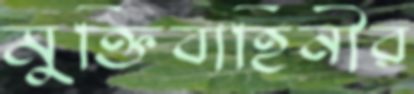
মুক্তিবাহিনীর